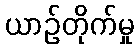
ယာဉ်တိုက်မှု